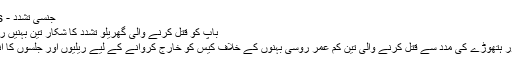
جنسی تشدد - BBC News اردو
باپ کو قتل کرنے والی گھریلو تشدد کا شکار تین بہنیں روس میں مرکزِ نگاہ
اپنے والد کو چاقو اور ہتھوڑے کی مدد سے قتل کرنے والی تین کم عمر روسی بہنوں کے خلاف کیس کو خارج کروانے کے لیے ریلیوں اور جلسوں کا انعقاد کیا جا رہا ہے۔